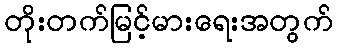
တိုးတက်မြင့်မားရေးအတွက်